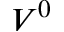
V ^ { 0 }